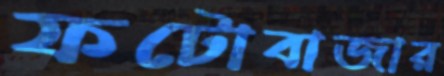
ফটোবাজার